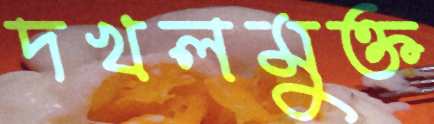
দখলমুক্ত